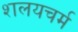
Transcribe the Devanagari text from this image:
शलयचर्म